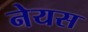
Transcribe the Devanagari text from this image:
नेयस